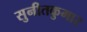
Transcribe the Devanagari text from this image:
सुनीतकुमार